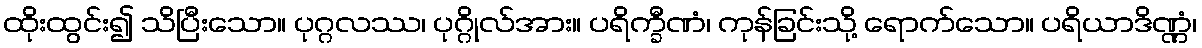
ထိုးထွင်း၍ သိပြီးသော။ ပုဂ္ဂလဿ၊ ပုဂ္ဂိုလ်အား။ ပရိက္ခီဏံ၊ ကုန်ခြင်းသို့ ရောက်သော။ ပရိယာဒိဏ္ဏံ၊